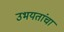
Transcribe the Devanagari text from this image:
उभयतांचा